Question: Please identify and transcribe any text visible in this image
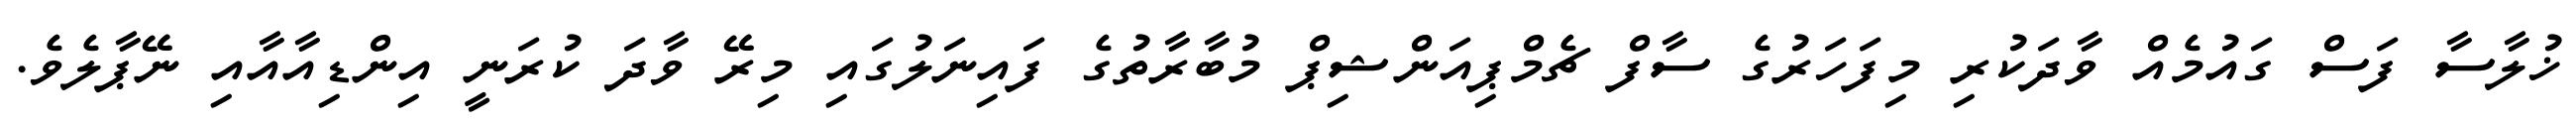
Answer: ޚުލާސާ ފަސް ގައުމެއް ވާދަކުރި މިފަހަރުގެ ސާފް ޗެމްޕިއަންޝިޕް މުބާރާތުގެ ފައިނަލުގައި މިރޭ ވާދަ ކުރަނީ އިންޑިއާއާއި ނޭޕާލެވެ.